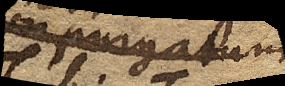
aere non purgatum